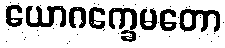
ယောဂက္ခေမတော